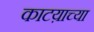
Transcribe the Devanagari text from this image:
काटय़ाच्या